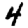
Digit: 4